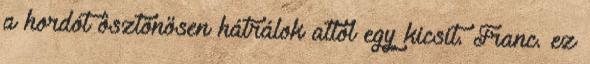
a hordót ösztönösen hátrálok attól egy kicsit. Franc. ez